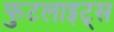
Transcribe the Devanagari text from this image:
फुटलाइट्स